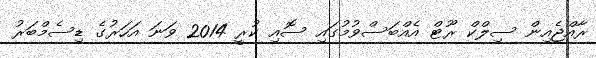
ރާއްޖެއިން ސިލްކް ރޫޓް އެއްބަސްވުމުގައި ސޮއި ކުރީ 2014 ވަނަ އަހަރުގެ ޑިސެމްބަރު